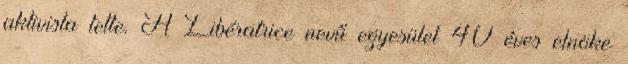
aktivista tette. A Libératrice nevű egyesület 40 éves elnöke